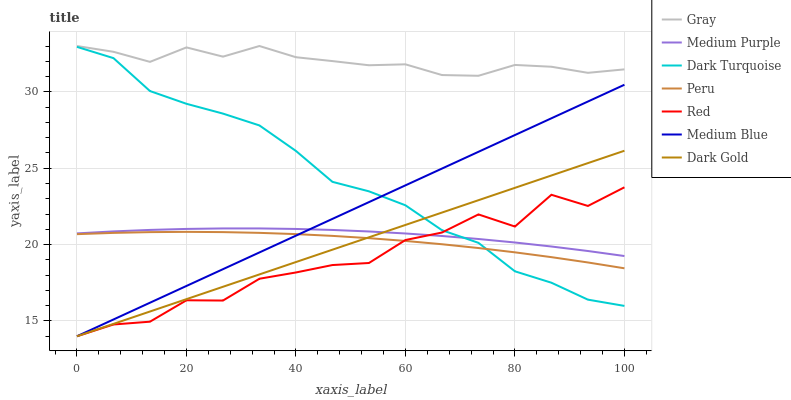
| xaxis_label | Gray | Medium Purple | Dark Turquoise | Peru | Red | Medium Blue | Dark Gold |
 | --- | --- | --- | --- | --- | --- | --- | --- |
 | 0 | 33 | 20.7 | 32.9 | 20.7 | 14 | 14 | 14 |
 | 6.67 | 32.6 | 20.9 | 32.2 | 20.8 | 14.8 | 15.1 | 14.8 |
 | 13.3 | 32 | 21 | 30.1 | 20.8 | 15 | 16.2 | 15.6 |
 | 20 | 32.9 | 21 | 29.2 | 20.8 | 16.4 | 17.3 | 16.4 |
 | 26.7 | 32.3 | 21.1 | 28.6 | 20.8 | 16.3 | 18.4 | 17.2 |
 | 33.3 | 33 | 21.1 | 27.8 | 20.8 | 17.8 | 19.5 | 18 |
 | 40 | 32.3 | 21 | 26.1 | 20.7 | 18.2 | 20.6 | 18.9 |
 | 46.7 | 32 | 21 | 24.1 | 20.6 | 18.7 | 21.7 | 19.7 |
 | 53.3 | 31.7 | 20.9 | 23.5 | 20.4 | 18.8 | 22.8 | 20.5 |
 | 60 | 31.8 | 20.7 | 22.6 | 20.2 | 20.3 | 23.9 | 21.3 |
 | 66.7 | 31.1 | 20.6 | 20.9 | 20 | 20.8 | 25 | 22.1 |
 | 73.3 | 31.1 | 20.4 | 20.1 | 19.8 | 22 | 26.1 | 22.9 |
 | 80 | 31.8 | 20.1 | 18.3 | 19.5 | 21.2 | 27.2 | 23.7 |
 | 86.7 | 31.6 | 19.9 | 17.5 | 19.2 | 23.3 | 28.3 | 24.5 |
 | 93.3 | 31.2 | 19.6 | 16.4 | 18.8 | 22.5 | 29.4 | 25.3 |
 | 100 | 31.5 | 19.3 | 16 | 18.4 | 23.8 | 30.5 | 26.1 |